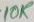
Text: 10K